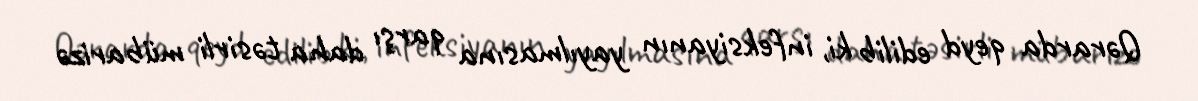
Qərarda qeyd edilib ki, infeksiyanın yayılmasına qarşı daha təsirli mübarizə